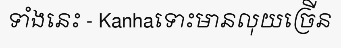
ទាំងនេះ - Kanhaទោះមានលុយច្រើន